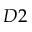
D 2